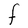
Character: F